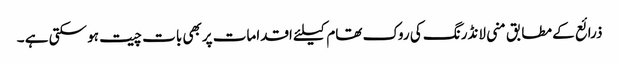
ذرائع کے مطابق منی لانڈرنگ کی روک تھام کیلئے اقدامات پربھی بات چیت ہو سکتی ہے ۔